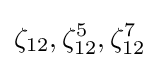
\zeta _{12},\zeta _{12}^{5},\zeta _{12}^{7}